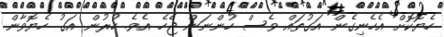
ހެޔޮކޮށް އެހެނިގެން އަގުތައް ވެސް ހުންނަން ޖެހެ އެވެ. ހުރުން އަގު ހެޔޮވާން